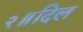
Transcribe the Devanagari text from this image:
२॥दिल